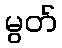
မွတ်